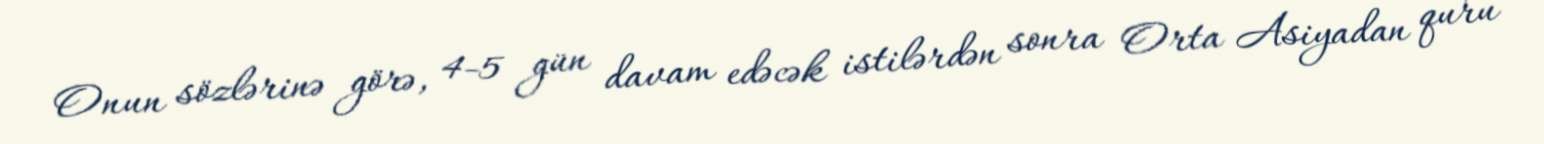
Onun sözlərinə görə, 4-5 gün davam edəcək istilərdən sonra Orta Asiyadan quru